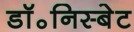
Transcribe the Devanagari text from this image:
डॉ॰निस्बेट